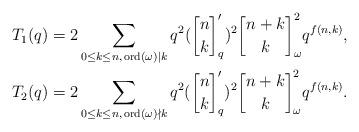
LaTeX: \begin{align*}T_1(q) &= 2\sum_{0 \le k \le n,\, \mathrm{ord}(\omega) \mid k} q^2({n \brack k}_q')^2 {n+k \brack k}_{\omega}^2 q^{f(n,k)},\\T_2(q) &= 2\sum_{0 \le k \le n,\, \mathrm{ord}(\omega) \nmid k} q^2({n \brack k}_q')^2 {n+k \brack k}_{\omega}^2 q^{f(n,k)}. \end{align*}